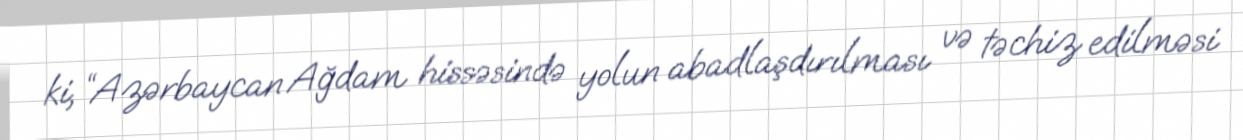
ki, “Azərbaycan Ağdam hissəsində yolun abadlaşdırılması və təchiz edilməsi